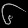
Digit: ၆